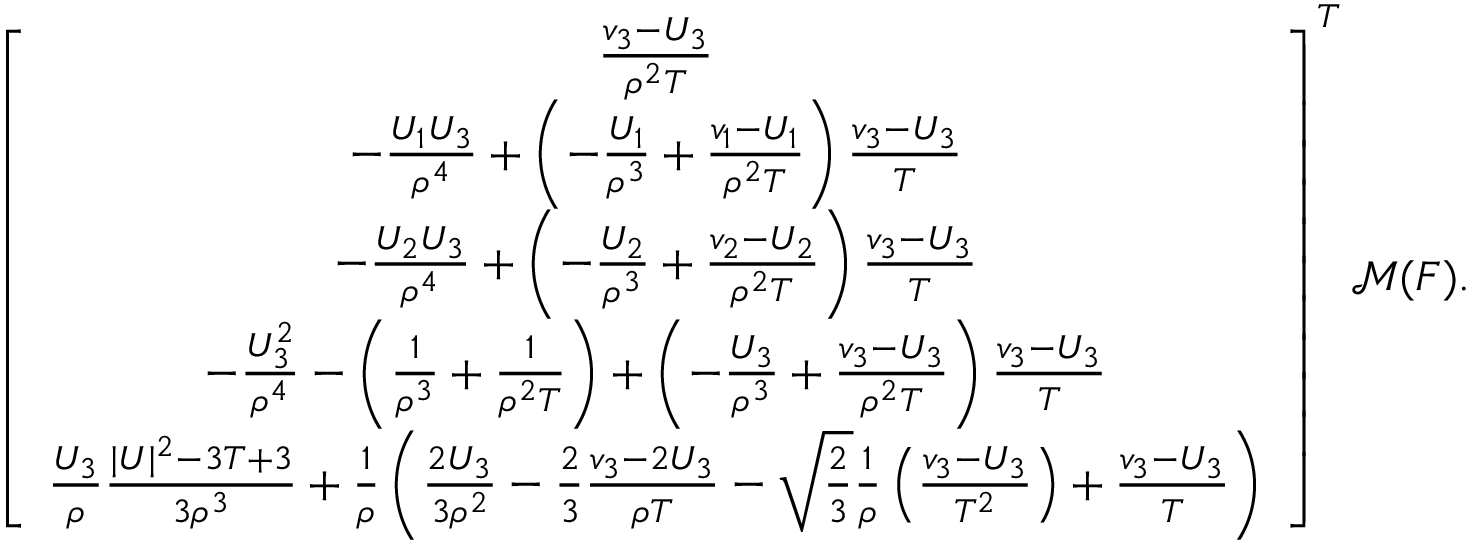
\begin{array} { r } { \left[ { \begin{array} { c } { \frac { v _ { 3 } - U _ { 3 } } { \rho ^ { 2 } T } } \\ { - \frac { U _ { 1 } U _ { 3 } } { \rho ^ { 4 } } + \left( - \frac { U _ { 1 } } { \rho ^ { 3 } } + \frac { v _ { 1 } - U _ { 1 } } { \rho ^ { 2 } T } \right) \frac { v _ { 3 } - U _ { 3 } } { T } } \\ { - \frac { U _ { 2 } U _ { 3 } } { \rho ^ { 4 } } + \left( - \frac { U _ { 2 } } { \rho ^ { 3 } } + \frac { v _ { 2 } - U _ { 2 } } { \rho ^ { 2 } T } \right) \frac { v _ { 3 } - U _ { 3 } } { T } } \\ { - \frac { U _ { 3 } ^ { 2 } } { \rho ^ { 4 } } - \left( \frac { 1 } { \rho ^ { 3 } } + \frac { 1 } { \rho ^ { 2 } T } \right) + \left( - \frac { U _ { 3 } } { \rho ^ { 3 } } + \frac { v _ { 3 } - U _ { 3 } } { \rho ^ { 2 } T } \right) \frac { v _ { 3 } - U _ { 3 } } { T } } \\ { \frac { U _ { 3 } } { \rho } \frac { | U | ^ { 2 } - 3 T + 3 } { 3 \rho ^ { 3 } } + \frac { 1 } { \rho } \left( \frac { 2 U _ { 3 } } { 3 \rho ^ { 2 } } - \frac { 2 } { 3 } \frac { v _ { 3 } - 2 U _ { 3 } } { \rho T } - \sqrt { \frac { 2 } { 3 } } \frac { 1 } { \rho } \left( \frac { v _ { 3 } - U _ { 3 } } { T ^ { 2 } } \right) + \frac { v _ { 3 } - U _ { 3 } } { T } \right) } \end{array} } \right] ^ { T } \mathcal { M } ( F ) . } \end{array}